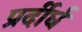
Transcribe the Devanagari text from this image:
प्रर्दीर्घ